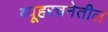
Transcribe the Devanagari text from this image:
व्यूहरचनेतील